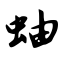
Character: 蚰